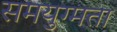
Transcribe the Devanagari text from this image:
समयुग्मता